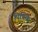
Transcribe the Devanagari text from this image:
पिपिके